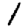
Digit: 1